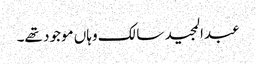
عبدالمجید سالک وہاں موجود تھے۔